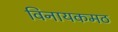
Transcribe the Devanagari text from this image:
विनायकमठ